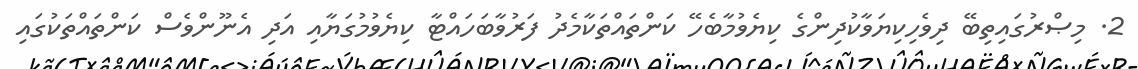
2. މިޞްރުގައިތިބޭ ދިވެހިކިޔަވާކުދިންގެ ކިޔެވުމާބެހޭ ކަންތައްތަކާމެދު ފަރުވާބަހައްޓާ ކިޔެވުމުގަޔާއި އަދި އެނޫންވެސް ކަންތައްތަކުގައި